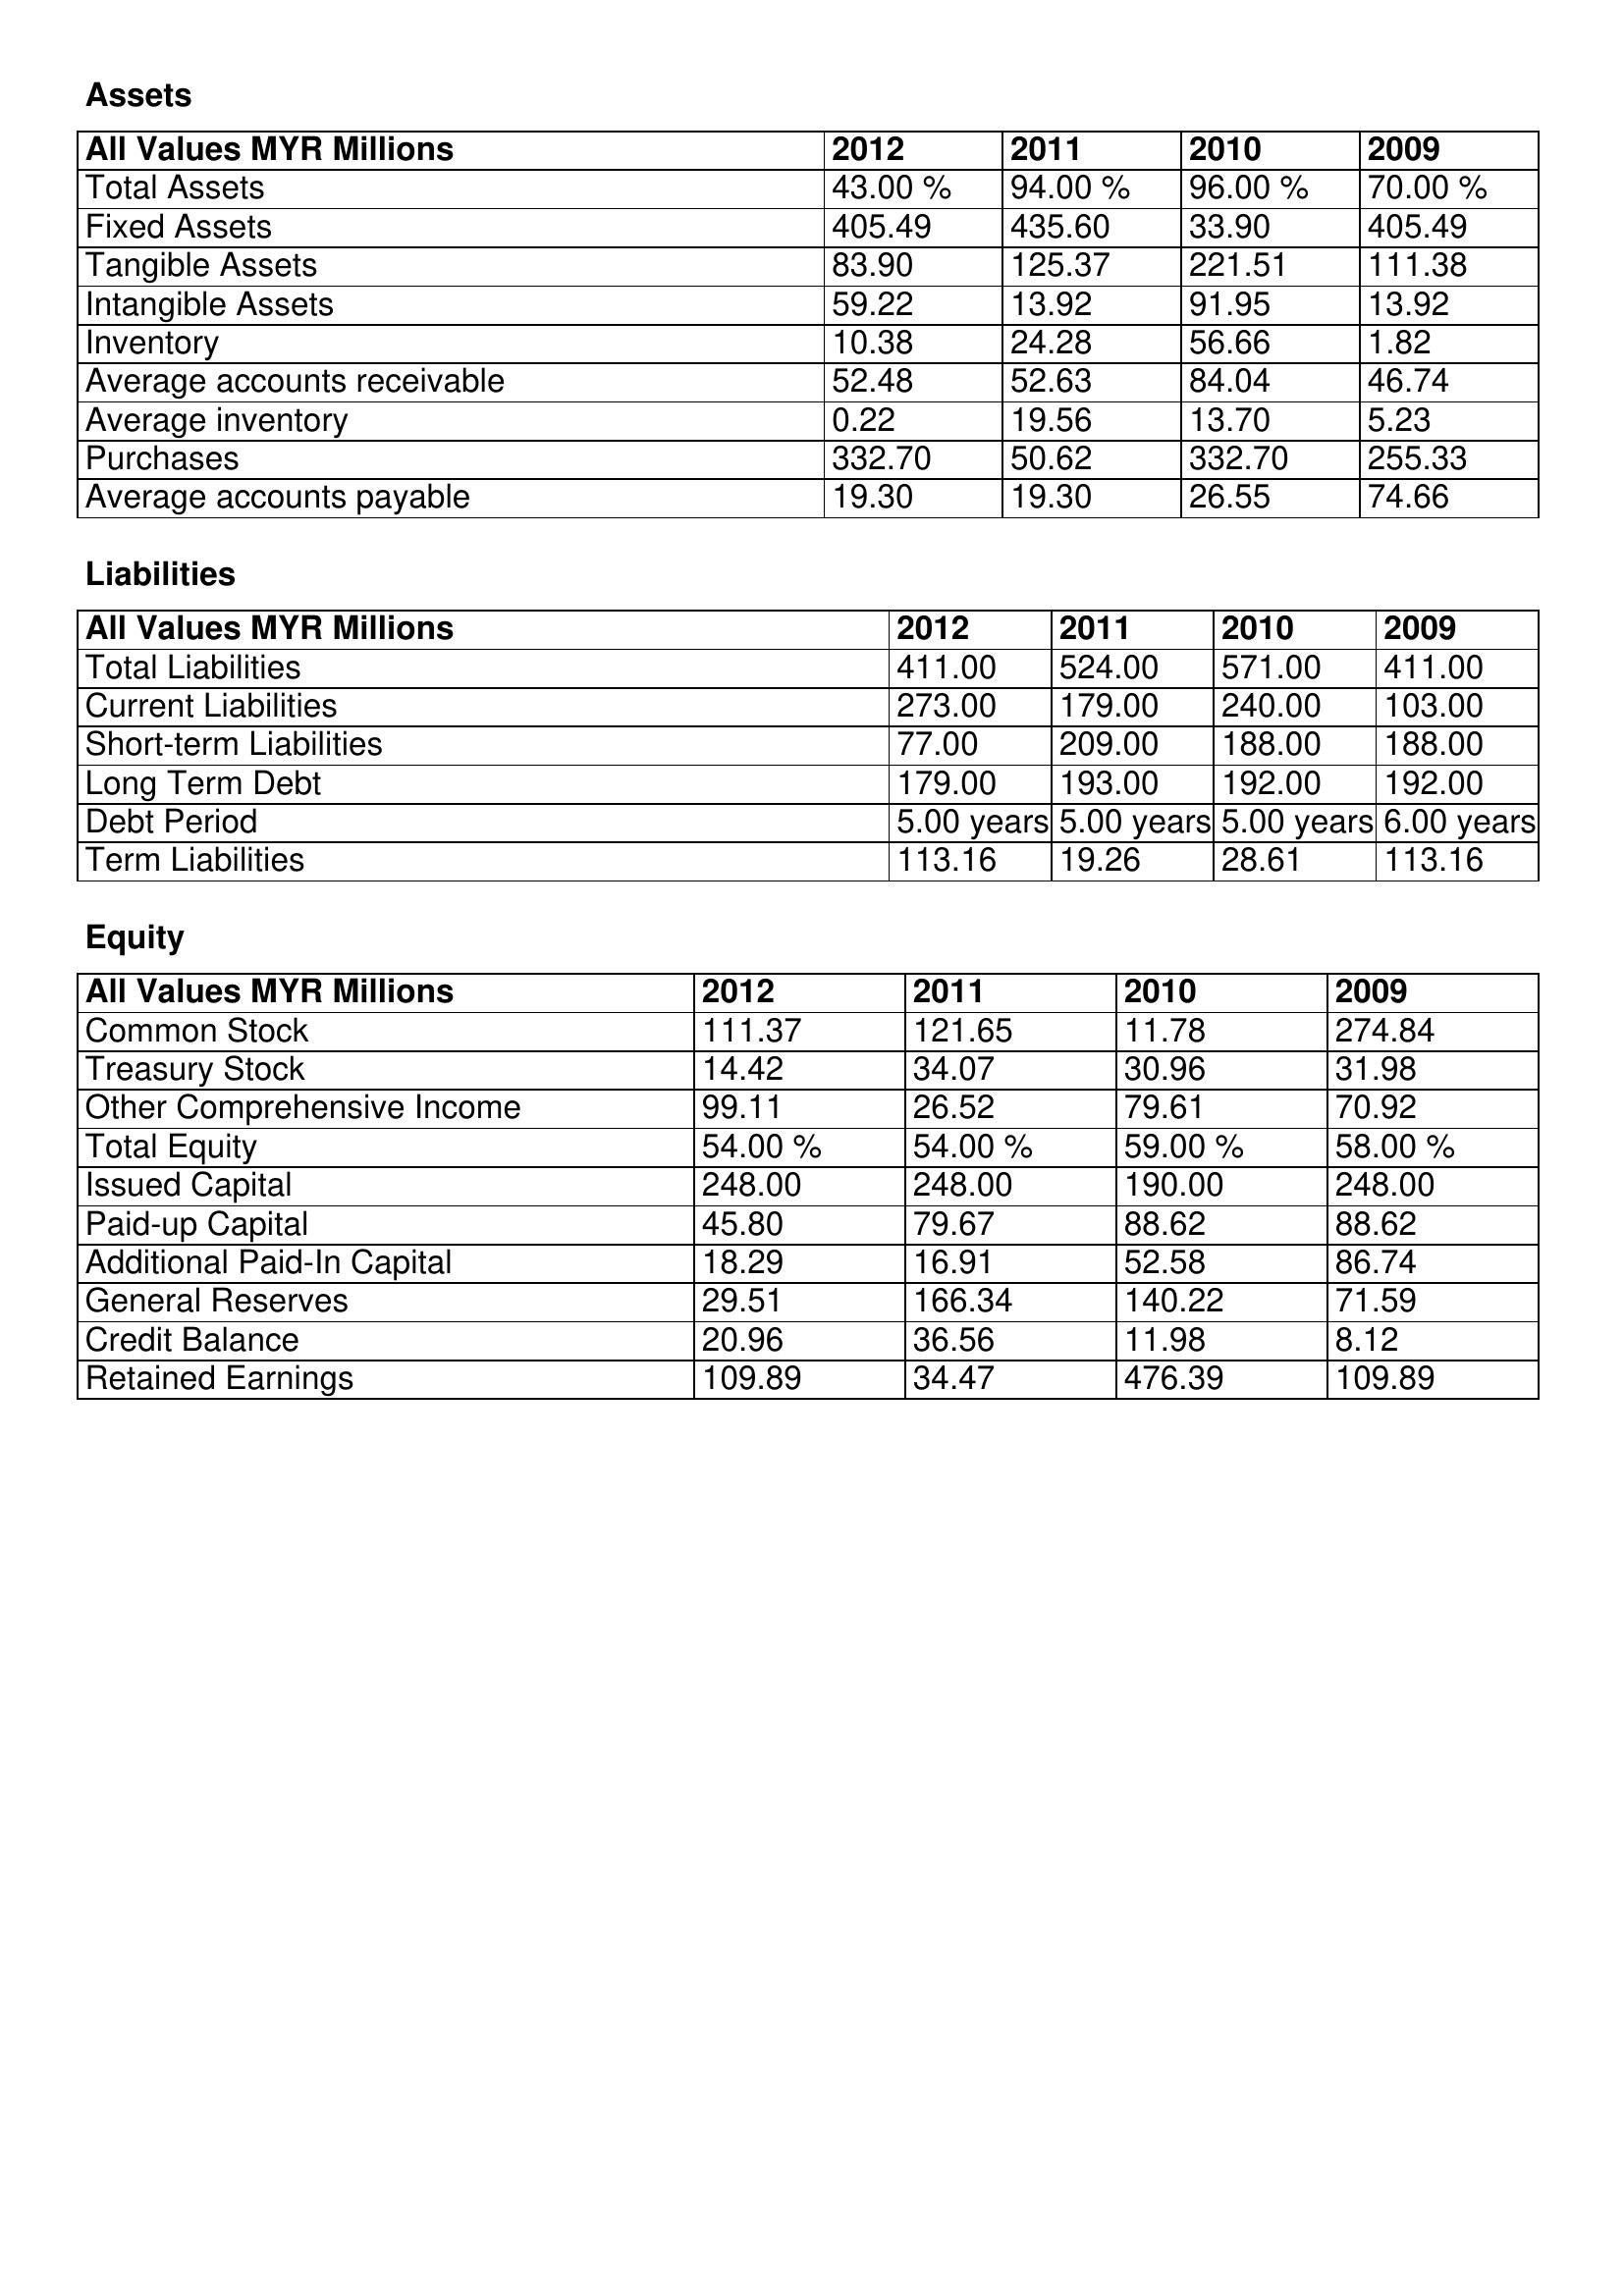
gt_parse: 2012: Assets: Total Assets: 43.00 %
Fixed Assets: 405.49
Tangible Assets: 83.90
Intangible Assets: 59.22
Inventory: 10.38
Average accounts receivable: 52.48
Average inventory: 0.22
Purchases: 332.70
Average accounts payable: 19.30
Liabilities: Total Liabilities: 411.00
Current Liabilities: 273.00
Short-term Liabilities: 77.00
Long Term Debt: 179.00
Debt Period: 5.00 years
Term Liabilities: 113.16
Equity: Common Stock: 111.37
Treasury Stock: 14.42
Other Comprehensive Income: 99.11
Total Equity: 54.00 %
Issued Capital: 248.00
Paid-up Capital: 45.80
Additional Paid-In Capital: 18.29
General Reserves: 29.51
Credit Balance: 20.96
Retained Earnings: 109.89
2011: Assets: Total Assets: 94.00 %
Fixed Assets: 435.60
Tangible Assets: 125.37
Intangible Assets: 13.92
Inventory: 24.28
Average accounts receivable: 52.63
Average inventory: 19.56
Purchases: 50.62
Average accounts payable: 19.30
Liabilities: Total Liabilities: 524.00
Current Liabilities: 179.00
Short-term Liabilities: 209.00
Long Term Debt: 193.00
Debt Period: 5.00 years
Term Liabilities: 19.26
Equity: Common Stock: 121.65
Treasury Stock: 34.07
Other Comprehensive Income: 26.52
Total Equity: 54.00 %
Issued Capital: 248.00
Paid-up Capital: 79.67
Additional Paid-In Capital: 16.91
General Reserves: 166.34
Credit Balance: 36.56
Retained Earnings: 34.47
2010: Assets: Total Assets: 96.00 %
Fixed Assets: 33.90
Tangible Assets: 221.51
Intangible Assets: 91.95
Inventory: 56.66
Average accounts receivable: 84.04
Average inventory: 13.70
Purchases: 332.70
Average accounts payable: 26.55
Liabilities: Total Liabilities: 571.00
Current Liabilities: 240.00
Short-term Liabilities: 188.00
Long Term Debt: 192.00
Debt Period: 5.00 years
Term Liabilities: 28.61
Equity: Common Stock: 11.78
Treasury Stock: 30.96
Other Comprehensive Income: 79.61
Total Equity: 59.00 %
Issued Capital: 190.00
Paid-up Capital: 88.62
Additional Paid-In Capital: 52.58
General Reserves: 140.22
Credit Balance: 11.98
Retained Earnings: 476.39
2009: Assets: Total Assets: 70.00 %
Fixed Assets: 405.49
Tangible Assets: 111.38
Intangible Assets: 13.92
Inventory: 1.82
Average accounts receivable: 46.74
Average inventory: 5.23
Purchases: 255.33
Average accounts payable: 74.66
Liabilities: Total Liabilities: 411.00
Current Liabilities: 103.00
Short-term Liabilities: 188.00
Long Term Debt: 192.00
Debt Period: 6.00 years
Term Liabilities: 113.16
Equity: Common Stock: 274.84
Treasury Stock: 31.98
Other Comprehensive Income: 70.92
Total Equity: 58.00 %
Issued Capital: 248.00
Paid-up Capital: 88.62
Additional Paid-In Capital: 86.74
General Reserves: 71.59
Credit Balance: 8.12
Retained Earnings: 109.89